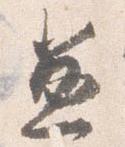
兼